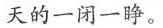
天的一闭一睁。